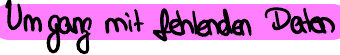
Umgang mit fehlenden Daten